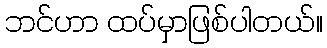
ဘင်ဟာ ထပ်မှာဖြစ်ပါတယ်။